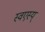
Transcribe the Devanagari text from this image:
स्वएस्य्